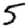
Digit: 5